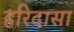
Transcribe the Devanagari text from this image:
हरिदासा